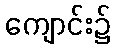
ကျောင်း၌